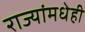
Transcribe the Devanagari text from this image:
राज्यांमधेही